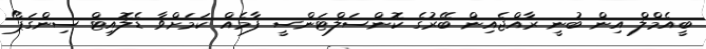
ބީއެމްލް އިން ބުނީ ރާއްޖެއިން ބޭރުގެ ކޮންސަލްޓަންސީ ފާމެއް ކަމަށްވާ ޑެލޮއިޓް ސިންގަޕޯ